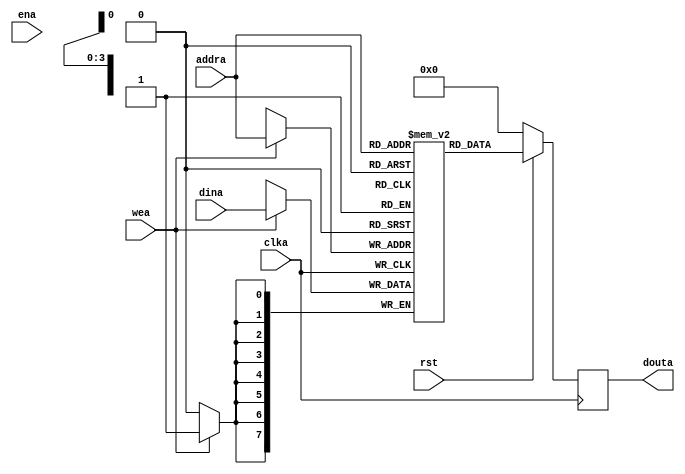

module sram_ff(clka, rst,ena, wea, addra, dina, douta);
parameter ADDR_WIDTH = 4;
parameter BIT_WIDTH = 8;
input clka, rst, ena,wea;
input [ADDR_WIDTH-1:0] addra;
input [BIT_WIDTH-1:0] dina;
output reg [BIT_WIDTH-1:0] douta;
reg [BIT_WIDTH-1:0] SRAM [(1<<ADDR_WIDTH)-1:0];
integer i;

always@(posedge clka)
begin
	if(!rst) douta <= 0;
	else douta <= SRAM[addra];
end
always@(posedge clka)
begin
	if(wea) SRAM[addra] <= dina;
end

endmodule